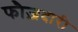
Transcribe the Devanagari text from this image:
फौज़दारी